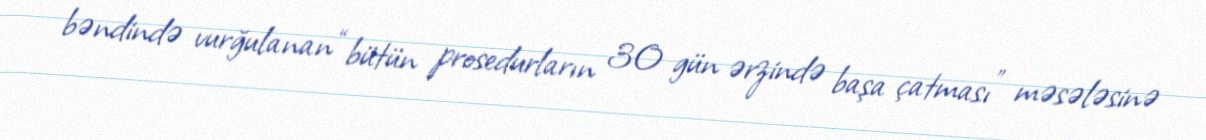
bəndində vurğulanan “bütün prosedurların 30 gün ərzində başa çatması” məsələsinə